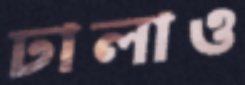
ঢালাও